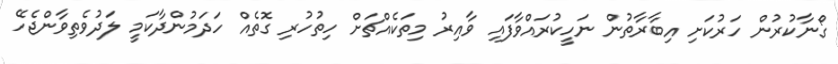
ގޯނާކުރުން ހަރުކަށި އިބާރާތުން ނަހީކުރައްވާފައި ވާއިރު މިތަކެއްޗަށް ހިތުހުރި ގޮތެއް ހަދަމުންދާކަމީ ލަދުވެތިވާންޖެހޭ